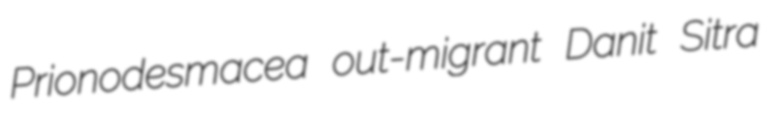
Prionodesmacea out-migrant Danit Sitra